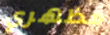
مظهري